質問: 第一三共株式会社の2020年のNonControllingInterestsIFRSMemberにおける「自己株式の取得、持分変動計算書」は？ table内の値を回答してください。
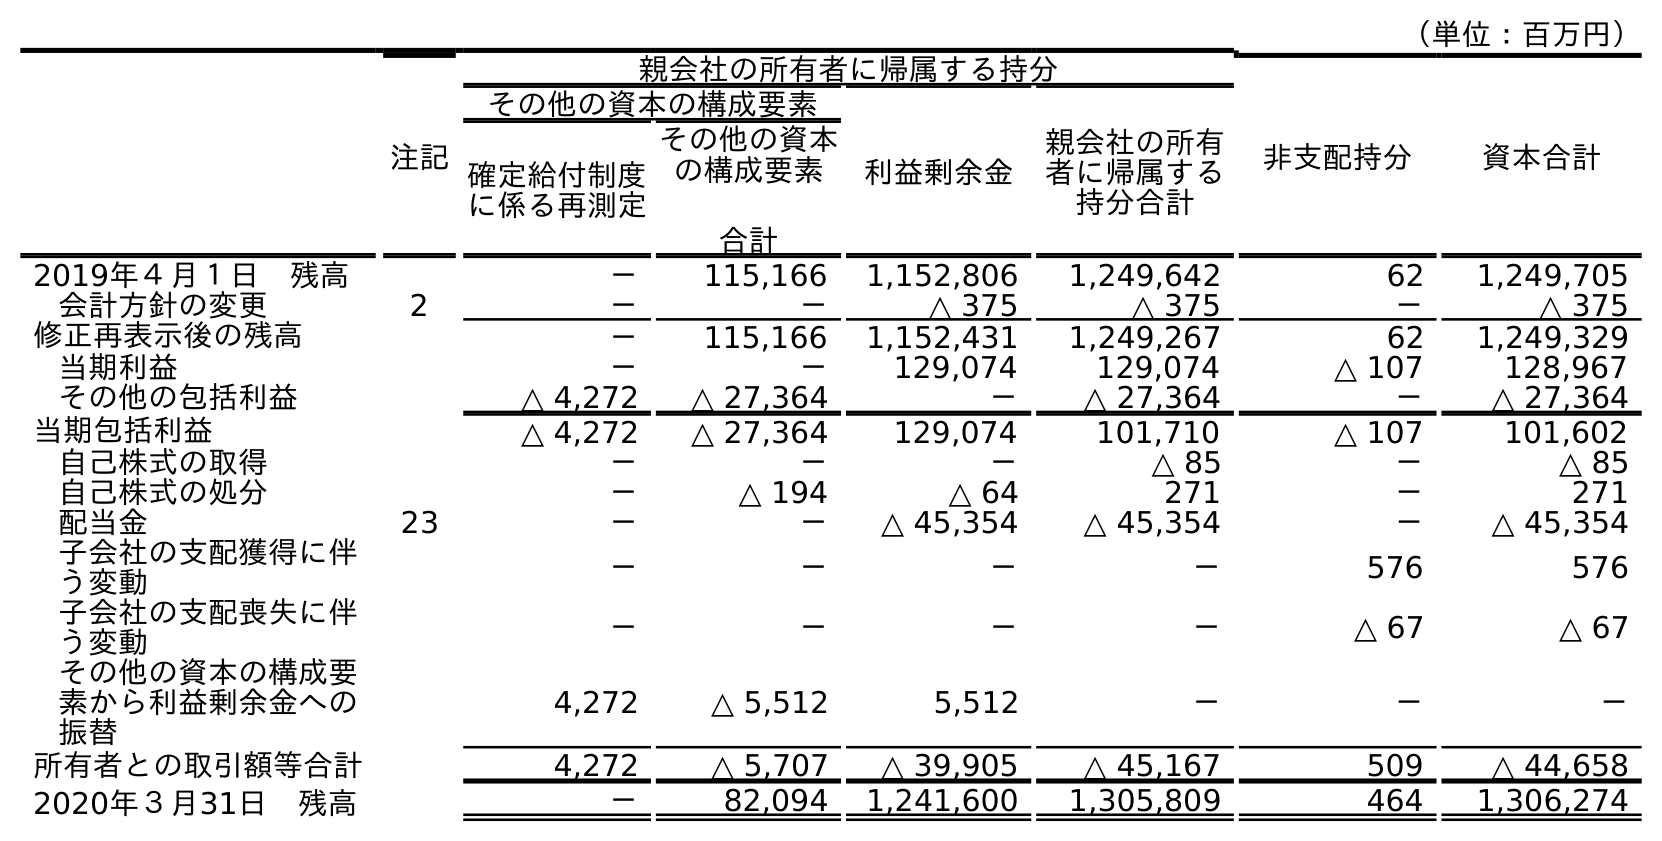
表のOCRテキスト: （単位：百万円） 注記 親会社の所有者に帰属する持分 非支配持分 資本合計 その他の資本の構成要素 利益剰余金 親会社の所有 者に帰属する 持分合計 確定給付制度 に係る再測定 その他の資本 の構成要素 合計 2019年４月１日 残高 － 115,166 1,152,806 1,249,642 62 1,249,705 会計方針の変更 2 － － △ 375 △ 375 － △ 375 修正再表示後の残高 － 115,166 1,152,431 1,249,267 62 1,249,329 当期利益 － － 129,074 129,074 △ 107 128,967 その他の包括利益 △ 4,272 △ 27,364 － △ 27,364 － △ 27,364 当期包括利益 △ 4,272 △ 27,364 129,074 101,710 △ 107 101,602 自己株式の取得 － － － △ 85 － △ 85 自己株式の処分 － △ 194 △ 64 271 － 271 配当金 23 － － △ 45,354 △ 45,354 － △ 45,354 子会社の支配獲得に伴 う変動 － － － － 576 576 子会社の支配喪失に伴 う変動 － － － － △ 67 △ 67 その他の資本の構成要 素から利益剰余金への 振替 4,272 △ 5,512 5,512 － － － 所有者との取引額等合計 4,272 △ 5,707 △ 39,905 △ 45,167 509 △ 44,658 2020年３月31日 残高 － 82,094 1,241,600 1,305,809 464 1,306,274
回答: －